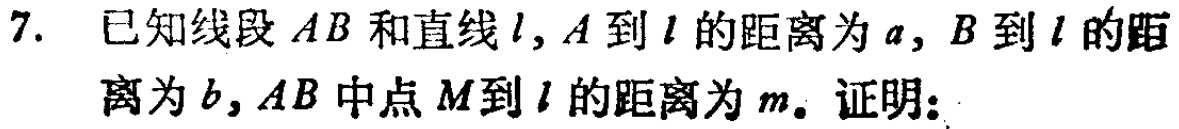
7. 已知线段 \(AB\) 和直线 \(l\)，\(A\) 到 \(l\) 的距离为 \(a\)，\(B\) 到 \(l\) 的距离为 \(b\)，\(AB\) 中点 \(M\) 到 \(l\) 的距离为 \(m\)。证明：